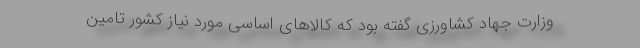
وزارت جهاد کشاورزی گفته بود که کالاهای اساسی مورد نیاز کشور تامین